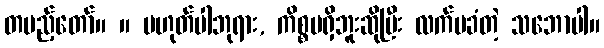
တပည့်တော်။ ။ မဟုတ်ပါဘုရား, ကိစ္စမရှိဘူးဆိုပြီး လက်မခံတဲ့ သဘောပါ။